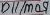
Text: D11/MOSI